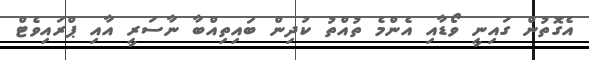
އެގޮތުން ގައިނީ ވޯޑާއި އެންމެ ތުއްތު ކުދިން ބައިތިއްބާ ނާސަރީ އާއި ޕްރައިވެޓް